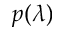
p ( \lambda )